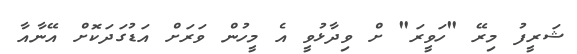
ޝަރީފު މިރޭ "ހަވީރަ" ށް ވިދާޅުވީ އެ މީހުން ވަރަށް އަޑުގަދަކޮށް އޭނާއާ